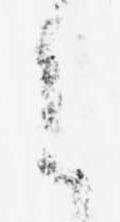
之